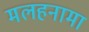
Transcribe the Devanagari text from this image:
मलहनामा